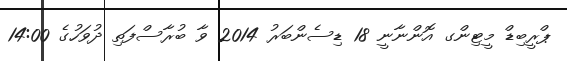
ޕްރީބިޑް މީޓިންގ އޮންނާނީ 18 ޑިސެންބަރު 2014 ވާ ބުރާސްފަތި ދުވަހުގެ 14:00